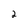
Character: 2